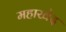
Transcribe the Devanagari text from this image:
महाखेद